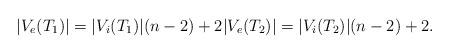
LaTeX: \begin{align*}|V_e(T_1)| = |V_i(T_1)|(n-2) + 2 |V_e(T_2)| = |V_i(T_2)|(n-2) + 2.\end{align*}